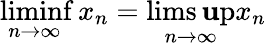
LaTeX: \operatorname*{liminf}_{n\to\infty}x_{n}=\operatorname*{lims\mathbf{u}p}_{n\to\infty}x_{n}